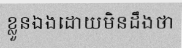
ខ្លួនឯងដោយមិនដឹងថា